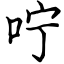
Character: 咛